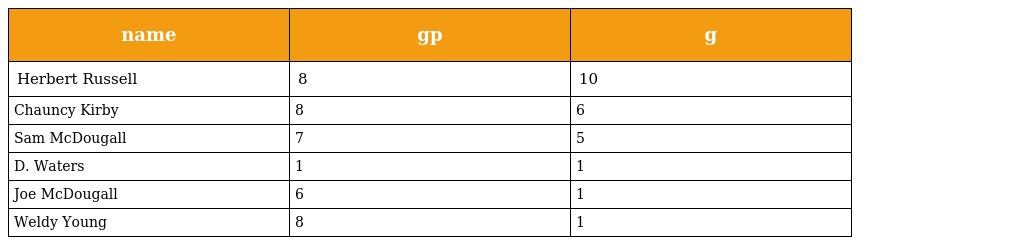
| name | gp | g |
 | --- | --- | --- |
 | Herbert Russell | 8 | 10 |
 | Chauncy Kirby | 8 | 6 |
 | Sam McDougall | 7 | 5 |
 | D. Waters | 1 | 1 |
 | Joe McDougall | 6 | 1 |
 | Weldy Young | 8 | 1 |